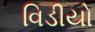
વિડીયો